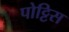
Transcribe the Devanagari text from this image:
पोट्टिस